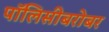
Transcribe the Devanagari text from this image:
पॉलिसीबरोबर